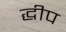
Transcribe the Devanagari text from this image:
द्धीप